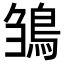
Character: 𩿿